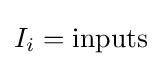
I_{i}={\text{inputs}}